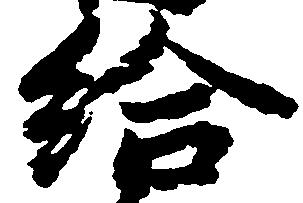
給